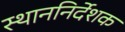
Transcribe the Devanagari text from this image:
स्थाननिर्देशक